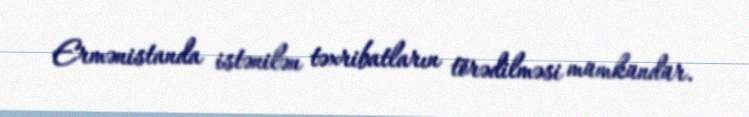
Ermənistanda istənilən təxribatların törədilməsi mümkündür.